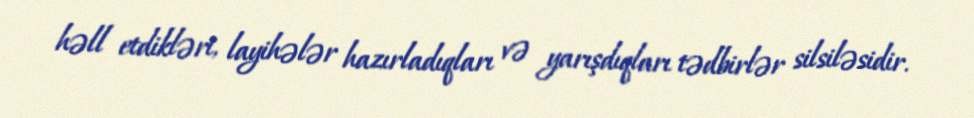
həll etdikləri, layihələr hazırladıqları və yarışdıqları tədbirlər silsiləsidir.